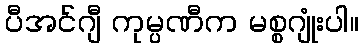
ပီအင်ဂျီ ကုမ္ပဏီက မစ္စဂျုံးပါ။